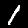
Digit: 1